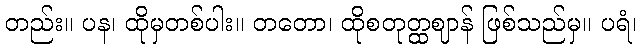
တည်း။ ပန၊ ထိုမှတစ်ပါး။ တတော၊ ထိုစတုတ္ထဈာန် ဖြစ်သည်မှ။ ပရံ၊